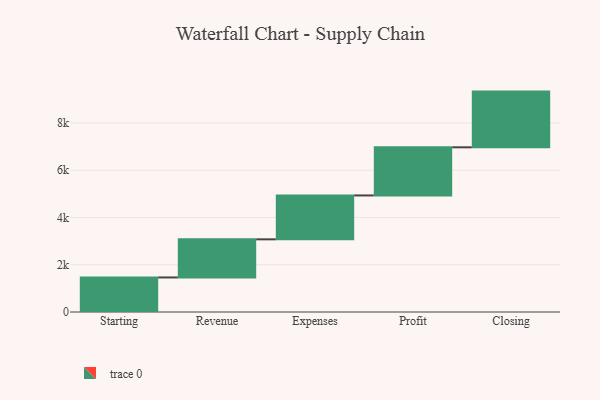
{"axis": {"x": "Step", "y": "Value"}, "legend": [""], "data": [{"x": "Starting", "y": 1462.0, "type": ""}, {"x": "Revenue", "y": 1613.0, "type": ""}, {"x": "Expenses", "y": 1858.0, "type": ""}, {"x": "Profit", "y": 2037.0, "type": ""}, {"x": "Closing", "y": 2358.0, "type": ""}]}